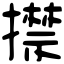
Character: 㩒